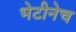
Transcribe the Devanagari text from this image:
भेटीनेच